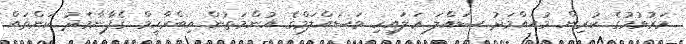
މަރުވުމުގެ ކުރިން މުޙައްމަދު ޞައްލަ ޢަލައިހި ވަސައްލަމްގެ އުންމަތުން އިބްރާހީމް ގެފާނާމެދު ކަންތައް